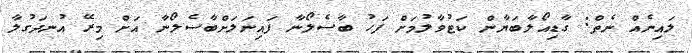
ލައިނެއް ނެތް: ގާޑިއޯލާބަޔާން ކަޓުވާލުމަށް ފަހު ބާސެލޯނާ ފައިނަލަށްބާސެލޯނާ އަށް މިރޭ އުނދަގުލާ